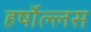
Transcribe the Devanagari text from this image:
हर्षोल्लस